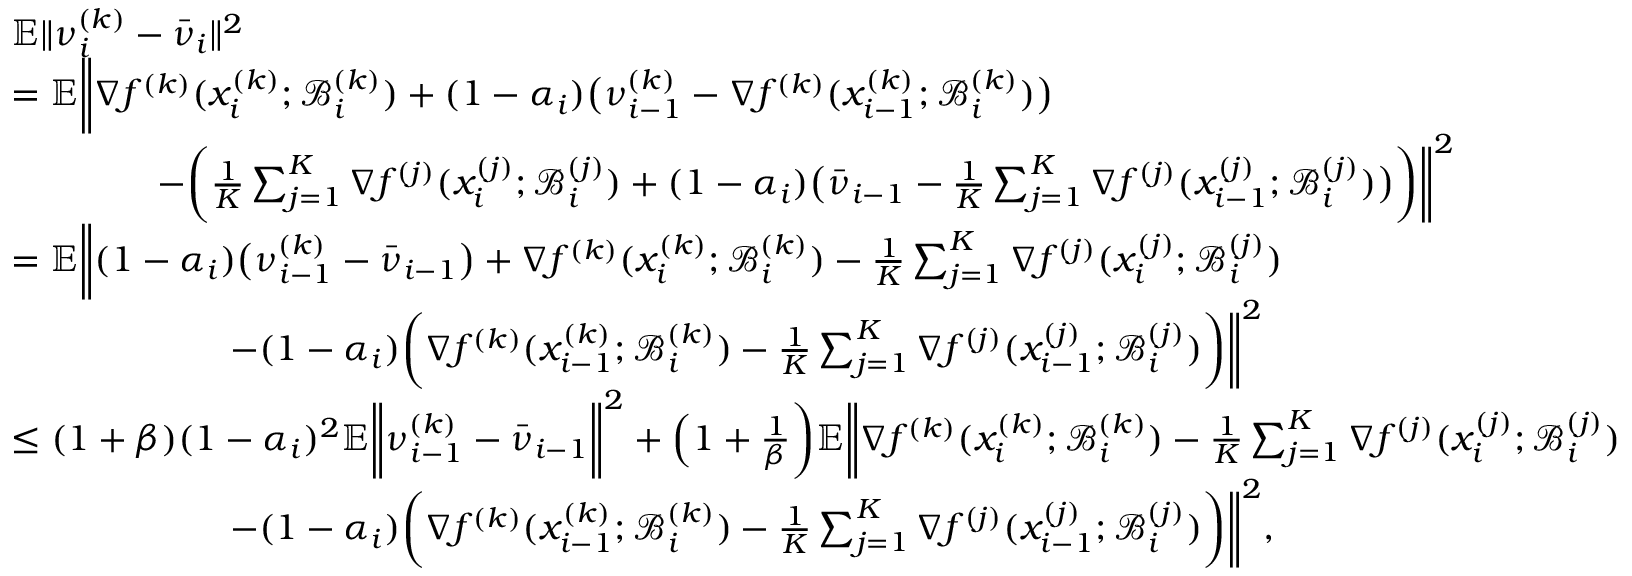
\begin{array} { r l } & { \mathbb { E } \| \nu _ { i } ^ { ( k ) } - \bar { \nu } _ { i } \| ^ { 2 } } \\ & { = \mathbb { E } \bigg \| \nabla f ^ { ( k ) } ( x _ { i } ^ { ( k ) } ; \mathcal { B } _ { i } ^ { ( k ) } ) + ( 1 - \alpha _ { i } ) \big ( \nu _ { i - 1 } ^ { ( k ) } - \nabla f ^ { ( k ) } ( x _ { i - 1 } ^ { ( k ) } ; \mathcal { B } _ { i } ^ { ( k ) } ) \big ) } \\ & { \qquad \qquad - \bigg ( \frac { 1 } { K } \sum _ { j = 1 } ^ { K } \nabla f ^ { ( j ) } ( x _ { i } ^ { ( j ) } ; \mathcal { B } _ { i } ^ { ( j ) } ) + ( 1 - \alpha _ { i } ) \big ( \bar { \nu } _ { i - 1 } - \frac { 1 } { K } \sum _ { j = 1 } ^ { K } \nabla f ^ { ( j ) } ( x _ { i - 1 } ^ { ( j ) } ; \mathcal { B } _ { i } ^ { ( j ) } ) \big ) \bigg ) \bigg \| ^ { 2 } } \\ & { = \mathbb { E } \bigg \| ( 1 - \alpha _ { i } ) \big ( \nu _ { i - 1 } ^ { ( k ) } - \bar { \nu } _ { i - 1 } \big ) + \nabla f ^ { ( k ) } ( x _ { i } ^ { ( k ) } ; \mathcal { B } _ { i } ^ { ( k ) } ) - \frac { 1 } { K } \sum _ { j = 1 } ^ { K } \nabla f ^ { ( j ) } ( x _ { i } ^ { ( j ) } ; \mathcal { B } _ { i } ^ { ( j ) } ) } \\ & { \qquad \qquad \qquad - ( 1 - \alpha _ { i } ) \bigg ( \nabla f ^ { ( k ) } ( x _ { i - 1 } ^ { ( k ) } ; \mathcal { B } _ { i } ^ { ( k ) } ) - \frac { 1 } { K } \sum _ { j = 1 } ^ { K } \nabla f ^ { ( j ) } ( x _ { i - 1 } ^ { ( j ) } ; \mathcal { B } _ { i } ^ { ( j ) } ) \bigg ) \bigg \| ^ { 2 } } \\ & { \leq ( 1 + \beta ) ( 1 - \alpha _ { i } ) ^ { 2 } \mathbb { E } \bigg \| \nu _ { i - 1 } ^ { ( k ) } - \bar { \nu } _ { i - 1 } \bigg \| ^ { 2 } + \Big ( 1 + \frac { 1 } { \beta } \bigg ) \mathbb { E } \bigg \| \nabla f ^ { ( k ) } ( x _ { i } ^ { ( k ) } ; \mathcal { B } _ { i } ^ { ( k ) } ) - \frac { 1 } { K } \sum _ { j = 1 } ^ { K } \nabla f ^ { ( j ) } ( x _ { i } ^ { ( j ) } ; \mathcal { B } _ { i } ^ { ( j ) } ) } \\ & { \qquad \qquad \qquad - ( 1 - \alpha _ { i } ) \bigg ( \nabla f ^ { ( k ) } ( x _ { i - 1 } ^ { ( k ) } ; \mathcal { B } _ { i } ^ { ( k ) } ) - \frac { 1 } { K } \sum _ { j = 1 } ^ { K } \nabla f ^ { ( j ) } ( x _ { i - 1 } ^ { ( j ) } ; \mathcal { B } _ { i } ^ { ( j ) } ) \bigg ) \bigg \| ^ { 2 } , } \end{array}